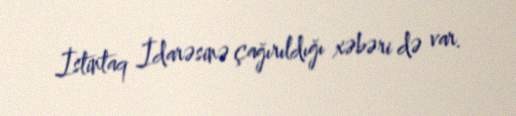
İstintaq İdarəsinə çağırıldığı xəbəri də var.